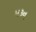
મરૂન